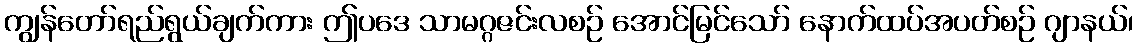
ကျွန်တော်ရည်ရွယ်ချက်ကား ဤပဒေ သာမဂ္ဂဇင်းလစဉ် အောင်မြင်သော် နောက်ထပ်အပတ်စဉ် ဂျာနယ်၊